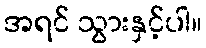
အရင် သွားနှင့်ပါ။